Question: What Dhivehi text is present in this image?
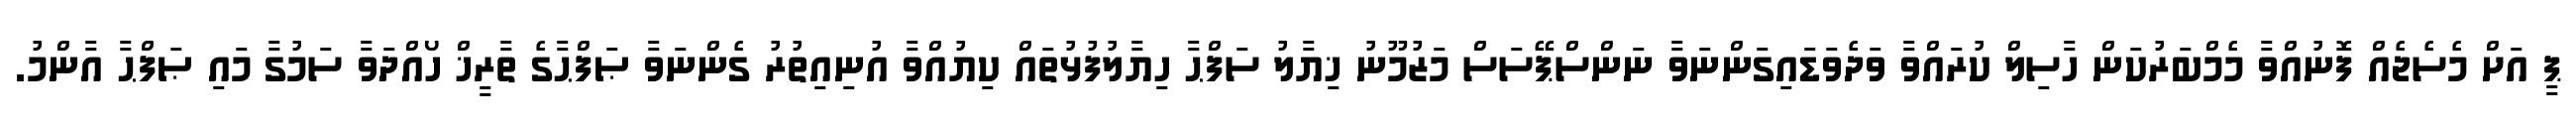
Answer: ޕީ އަށް މެސެޖެއް ފޮނުއްވާ މެމްބަރުކަން ހާސިލް ކުރައްވާ ވަދެވަޑައިގަންނަވާ ނަންސްޕޭސަސް މަޒުމޫނު ޚިޔާލު ސަފްޙާ ހިޔާލުފުޅުތައް ކިޔުއްވާ އުނިއިތުރު ގެންނަވާ ޞަފްޙާގެ ތާރީޚް ހޯއްދަވާ ސަމުގާ މައި ޞަފްޙާ އާންމު.